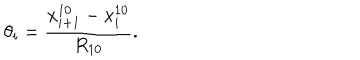
\theta _ { i } = \frac { x _ { i + 1 } ^ { 1 0 } - x _ { i } ^ { 1 0 } } { R _ { 1 0 } } .